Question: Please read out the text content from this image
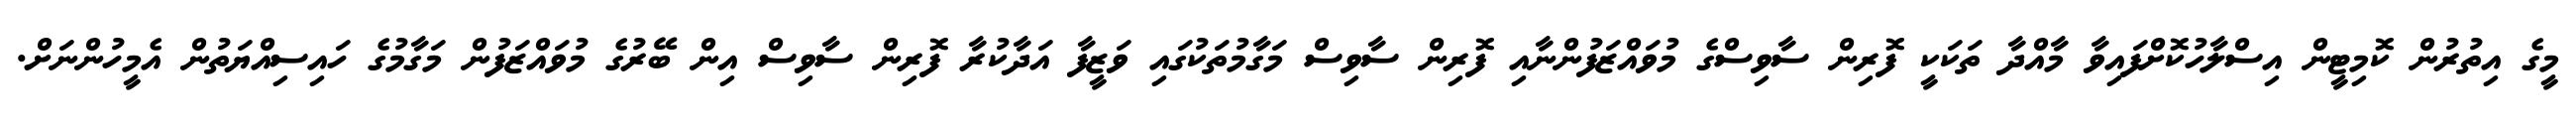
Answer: މީގެ އިތުރުން ކޮމިޓީން އިސްލާހުކޮށްފައިވާ މާއްދާ ތަކަކީ ފޮރިން ސާވިސްގެ މުވައްޒަފުންނާއި ފޮރިން ސާވިސް މަގާމުތަކުގައި ވަޒީފާ އަދާކުރާ ފޮރިން ސާވިސް އިން ބޭރުގެ މުވައްޒަފުން މަގާމުގެ ހައިސިއްޔަތުން އެމީހުންނަށް.